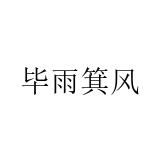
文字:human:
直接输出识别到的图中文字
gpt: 毕雨箕风